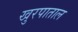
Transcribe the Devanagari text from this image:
खुरपाताल